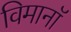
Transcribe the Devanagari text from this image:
विमानॉ